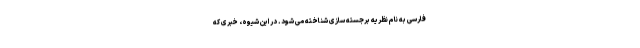
فارسی به نام نظریه برجسته سازی شناخته می شود. در این شیوه، خبری که